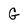
Character: G